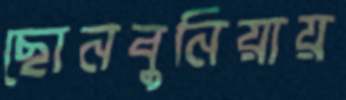
ছোনবুনিয়ায়